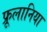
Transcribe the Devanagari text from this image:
फ्रूलानिया